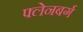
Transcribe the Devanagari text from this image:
फ्लेनबर्ग